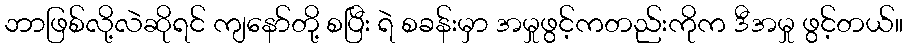
ဘာဖြစ်လို့လဲဆိုရင် ကျနော်တို့ စပြီး ရဲ စခန်းမှာ အမှုဖွင့်ကတည်းကိုက ဒီအမှု ဖွင့်တယ်။